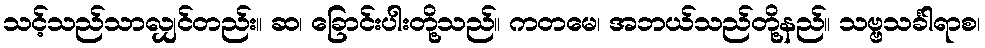
သင့်သည်သာလျှင်တည်း။ ဆ၊ ခြောင်းပါးတို့သည်။ ကတမေ၊ အဘယ်သည်တို့နည်။ သဗ္ဗသင်္ခါရာစ၊